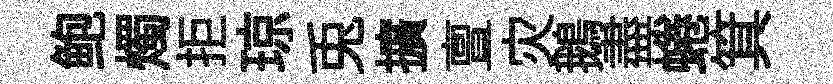
鲍燭拒琼兎擴亶灾鵝盡蜷箕